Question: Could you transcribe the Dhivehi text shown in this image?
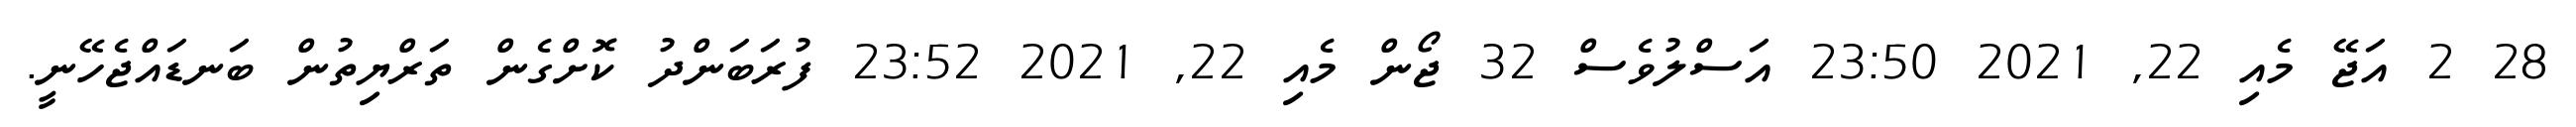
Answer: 28 2 އަޖޭ މެއި 22, 2021 23:50 އަސްލުވެސް 32 ޖޯން މެއި 22, 2021 23:52 ފުރަބަންދު ކޮށްގެން ތަރްޔިތުން ބަނޑައްޖެހޭނީ.